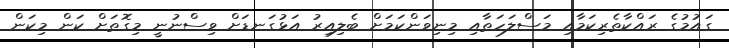
ގައުމުގެ ރައްކާތެރިކަމާއި މަސްލަހަތާއި މިނިވަންކަމަށް ބެލިއިރު އަޅުގަނޑަށް ވިސްނުނީ މިގޮތަށް ކަން މިކަން